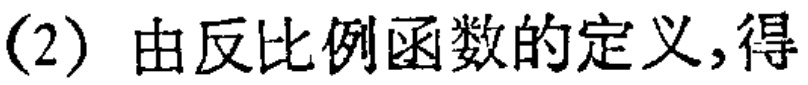
(2) 由反比例函数的定义,得